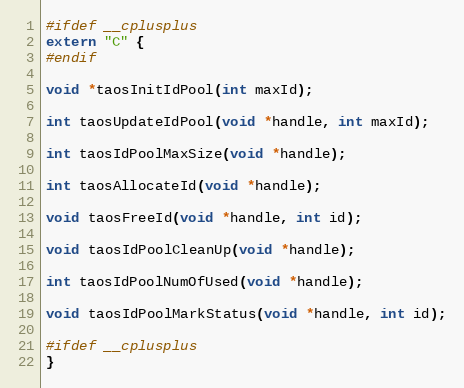
Language: C
#ifdef __cplusplus
extern "C" {
#endif

void *taosInitIdPool(int maxId);

int taosUpdateIdPool(void *handle, int maxId);

int taosIdPoolMaxSize(void *handle);

int taosAllocateId(void *handle);

void taosFreeId(void *handle, int id);

void taosIdPoolCleanUp(void *handle);

int taosIdPoolNumOfUsed(void *handle);

void taosIdPoolMarkStatus(void *handle, int id);

#ifdef __cplusplus
}